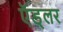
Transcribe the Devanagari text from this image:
ऍड्लर